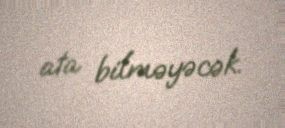
ata bilməyəcək.